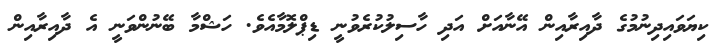
ކިޔަވައިދިނުމުގެ ދާއިރާއިން އޭނާއަށް އަދި ހާސިލުކުރެވުނީ ޑިޕްލޮމާއެވެ. ހަޝްމާ ބޭނުންވަނީ އެ ދާއިރާއިން